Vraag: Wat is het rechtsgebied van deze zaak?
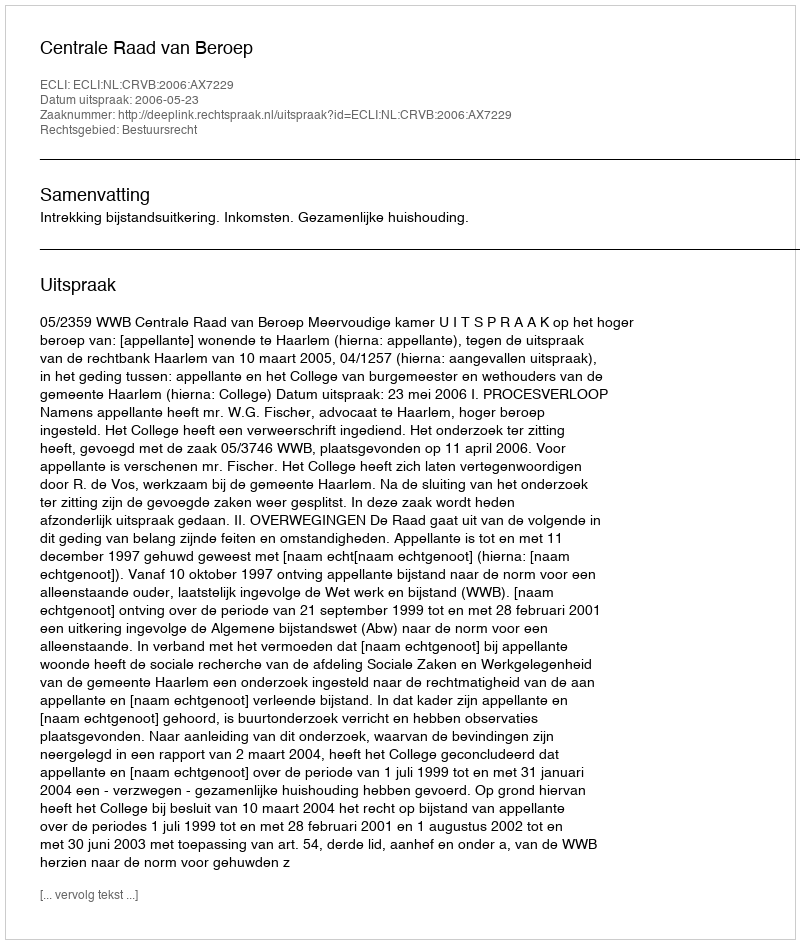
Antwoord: Bestuursrecht